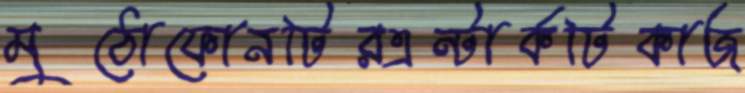
মুঠোফোনটিরএন্টার্কটিকাজ